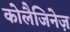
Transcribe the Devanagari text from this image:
कोलैजिनेज़